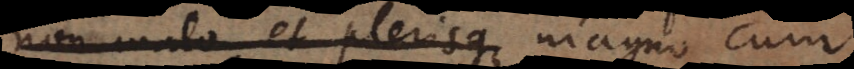
non malo, et plerisque affectum